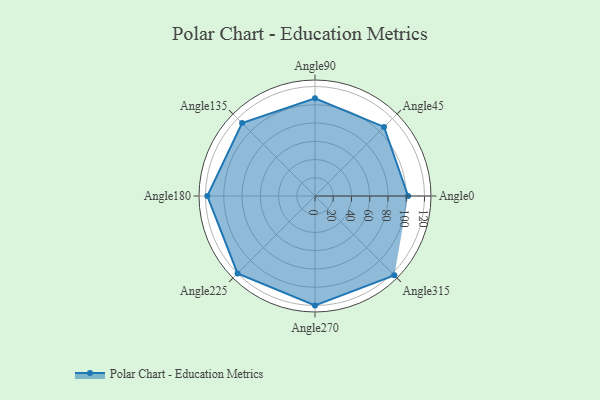
{"axis": {"x": "Angle", "y": "Radius"}, "legend": [""], "data": [{"x": "Angle0", "y": 102.0, "type": ""}, {"x": "Angle45", "y": 107.0, "type": ""}, {"x": "Angle90", "y": 107.0, "type": ""}, {"x": "Angle135", "y": 113.0, "type": ""}, {"x": "Angle180", "y": 118.0, "type": ""}, {"x": "Angle225", "y": 120.0, "type": ""}, {"x": "Angle270", "y": 120.0, "type": ""}, {"x": "Angle315", "y": 123.0, "type": ""}]}